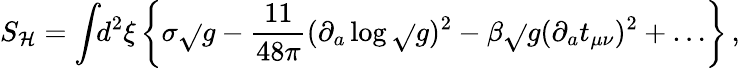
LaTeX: S_{\mathcal{H}}=\int\! \! d^{2}\xi\left\{ \sigma\sqrt{}{{g}}-\frac{{11}}{{48\pi}}(\partial_{a}\log\sqrt{}{{g}})^{2}-\beta\sqrt{}{{g}}(\partial_{a}t_{\mu\nu})^{2}+\ldots\right\} \, ,